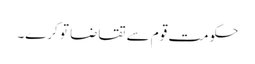
حکومت قوم سے تقاضا تو کرے۔